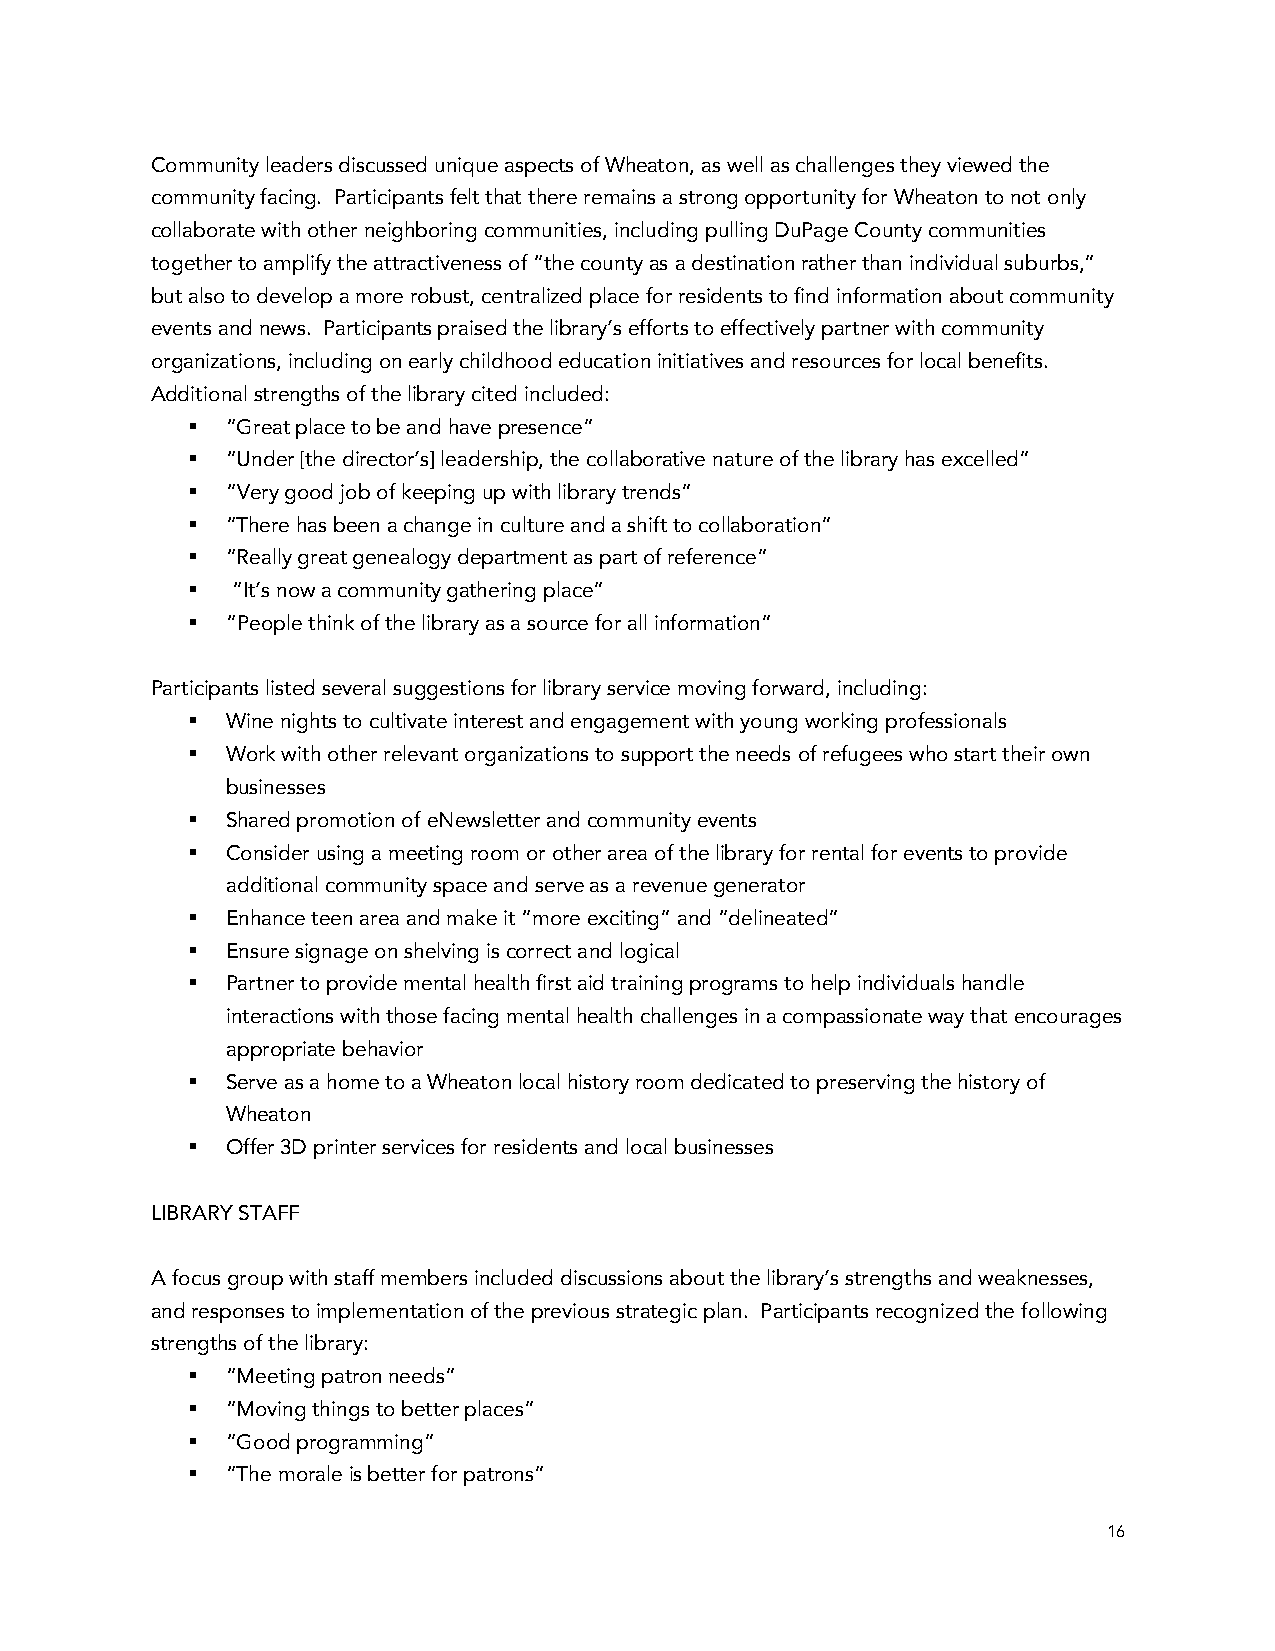
Community leaders discussed unique aspects of Wheaton, as well as challenges they viewed the
 community facing. Participants felt that there remains a strong opportunity for Wheaton to not only
 collaborate with other neighboring communities, including pulling DuPage County communities
 together to amplify the attractiveness of “the county as a destination rather than individual suburbs,”
 but also to develop a more robust, centralized place for residents to find information about community
 events and news. Participants praised the library’s efforts to effectively partner with community
 organizations, including on early childhood education initiatives and resources for local benefits.
 Additional strengths of the library cited included:
 §  “Great place to be and have presence”
 §  “Under [the director’s] leadership, the collaborative nature of the library has excelled”
 §  “Very good job of keeping up with library trends”
 §  “There has been a change in culture and a shift to collaboration”
 §  “Really great genealogy department as part of reference”
 §  “It’s now a community gathering place”
 §  “People think of the library as a source for all information”
 Participants listed several suggestions for library service moving forward, including:
 §  Wine nights to cultivate interest and engagement with young working professionals
 §  Work with other relevant organizations to support the needs of refugees who start their own
 businesses
 §  Shared promotion of eNewsletter and community events
 §  Consider using a meeting room or other area of the library for rental for events to provide
 additional community space and serve as a revenue generator
 §  Enhance teen area and make it “more exciting” and “delineated”
 §  Ensure signage on shelving is correct and logical
 §  Partner to provide mental health first aid training programs to help individuals handle
 interactions with those facing mental health challenges in a compassionate way that encourages
 appropriate behavior
 §  Serve as a home to a Wheaton local history room dedicated to preserving the history of
 Wheaton
 §  Offer 3D printer services for residents and local businesses
 LIBRARY STAFF
 A focus group with staff members included discussions about the library’s strengths and weaknesses,
 and responses to implementation of the previous strategic plan. Participants recognized the following
 strengths of the library:
 §  “Meeting patron needs”
 §  “Moving things to better places”
 §  “Good programming”
 §  “The morale is better for patrons”
 16